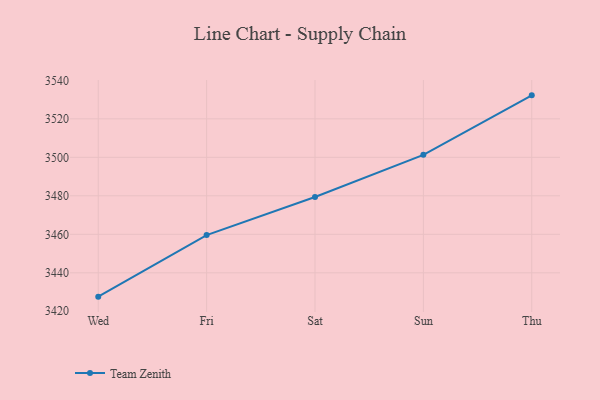
{"axis": {"x": "Day", "y": "Gross Profit (USD K)"}, "legend": ["Team Zenith"], "data": [{"x": "Wed", "y": 3427.6, "type": "Team Zenith"}, {"x": "Fri", "y": 3459.6, "type": "Team Zenith"}, {"x": "Sat", "y": 3479.4, "type": "Team Zenith"}, {"x": "Sun", "y": 3501.3, "type": "Team Zenith"}, {"x": "Thu", "y": 3532.2, "type": "Team Zenith"}]}